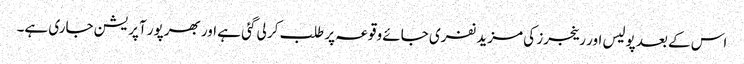
اس کے بعد پولیس اور رینجرز کی مزید نفری جائے وقوعہ پر طلب کر لی گئی ہے اور بھرپور آپریشن جاری ہے۔